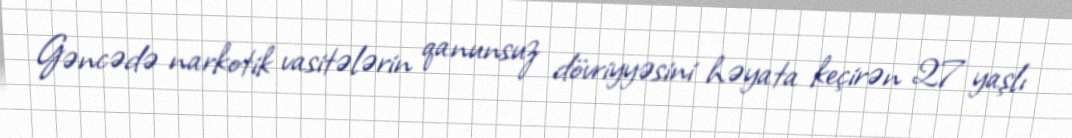
Gəncədə narkotik vasitələrin qanunsuz dövriyyəsini həyata keçirən 27 yaşlı